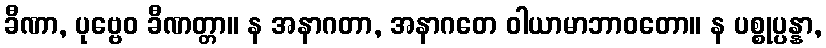
ခီဏာ, ပုဗ္ဗေဝ ခီဏတ္တာ။ န အနာဂတာ, အနာဂတေ ဝါယာမာဘာဝတော။ န ပစ္စုပ္ပန္နာ,